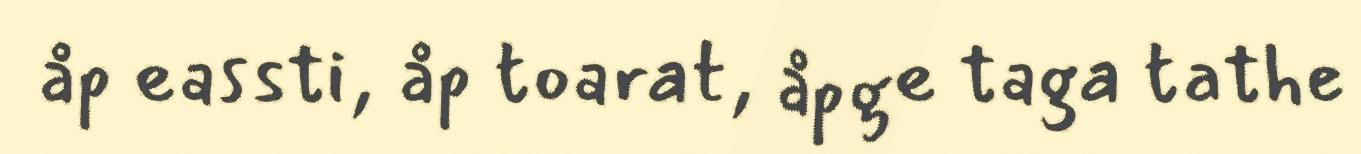
åp eassti, åp toarat, åpge taga tathe